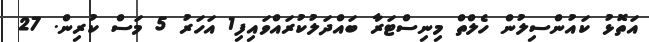
އަތޮޅު ކައުންސިލުން ހެލްތް މިނިސްޓަރާ ބައްދަލުކުރައްވައިފި1 އަހަރު 5 މަސް ކުރިން. 27